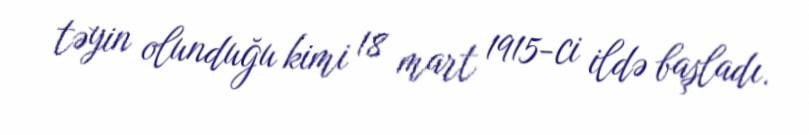
təyin olunduğu kimi 18 mart 1915-ci ildə başladı.